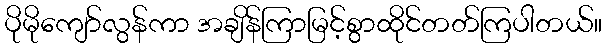
ပိုမိုကျော်လွန်ကာ အချိန်ကြာမြင့်စွာထိုင်တတ်ကြပါတယ်။